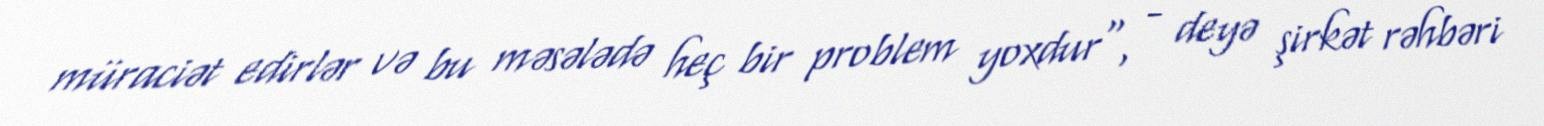
müraciət edirlər və bu məsələdə heç bir problem yoxdur", - deyə şirkət rəhbəri